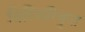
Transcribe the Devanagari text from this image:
विस्थिरिकृत